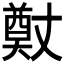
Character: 𭑢